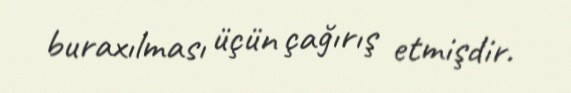
buraxılması üçün çağırış etmişdir.